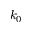
k _ { 0 }